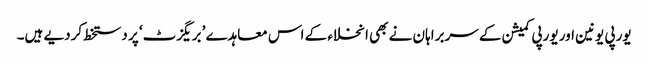
یورپی یونین اور یورپی کمیشن کے سربراہان نے بھی انخلاء کے اس معاہدے ’بریگزٹ‘ پر دستخط کردیے ہیں۔